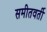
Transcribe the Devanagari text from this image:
समीतवर्ती